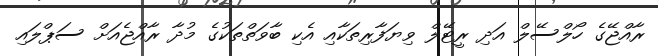
ރާއްޖޭގެ ހޯލްސޭލް އަދި ރީޓޭލް ވިިޔަފާރިތަކާއި އެކި ބާވަތްތަކުގެ މުދާ ރާއްޖެއަށް ސަޕްލައި